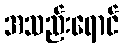
အသည်းရောင်